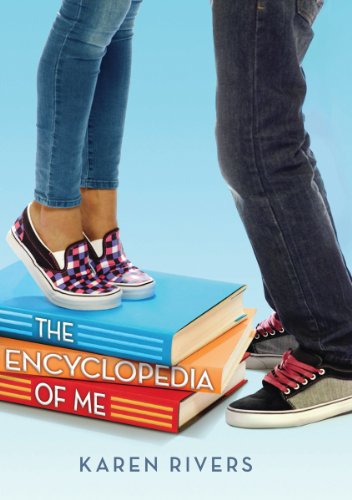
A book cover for The Encyclopedia of Me; Karen Rivers; Reference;